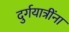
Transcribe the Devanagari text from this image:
दुर्गयात्रींना